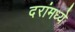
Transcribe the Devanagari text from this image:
दरांमध्ये